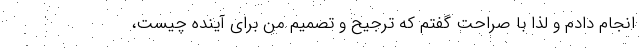
انجام دادم و لذا با صراحت گفتم که ترجیح و تصمیم من برای آینده چیست،